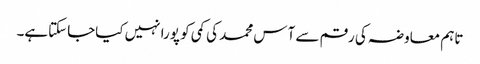
تاہم معاوضہ کی رقم سے آس محمد کی کمی کو پورا نہیں کیاجاسکتاہے۔